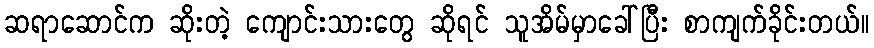
ဆရာဆောင်က ဆိုးတဲ့ ကျောင်းသားတွေ ဆိုရင် သူအိမ်မှာခေါ်ပြီး စာကျက်ခိုင်းတယ်။